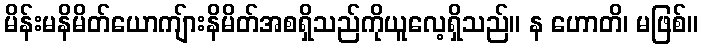
မိန်းမနိမိတ်ယောကျ်ားနိမိတ်အစရှိသည်ကိုယူလေ့ရှိသည်။ န ဟောတိ၊ မဖြစ်။